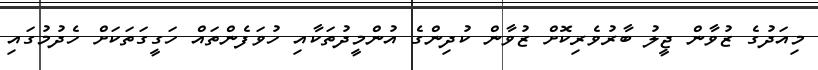
މިއަދުގެ ޒުވާން ޖީލު ބާރުވެރިކޮށް ޒުވާން ކުދިންގެ އުންމީދުތަކާއި ހުވަފެންތައް ހަގީގަތަކަށް ހެދުމުގައި